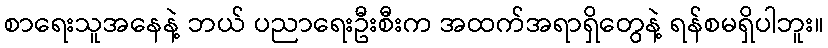
စာရေးသူအနေနဲ့ ဘယ် ပညာရေးဦးစီးက အထက်အရာရှိတွေနဲ့ ရန်စမရှိပါဘူး။